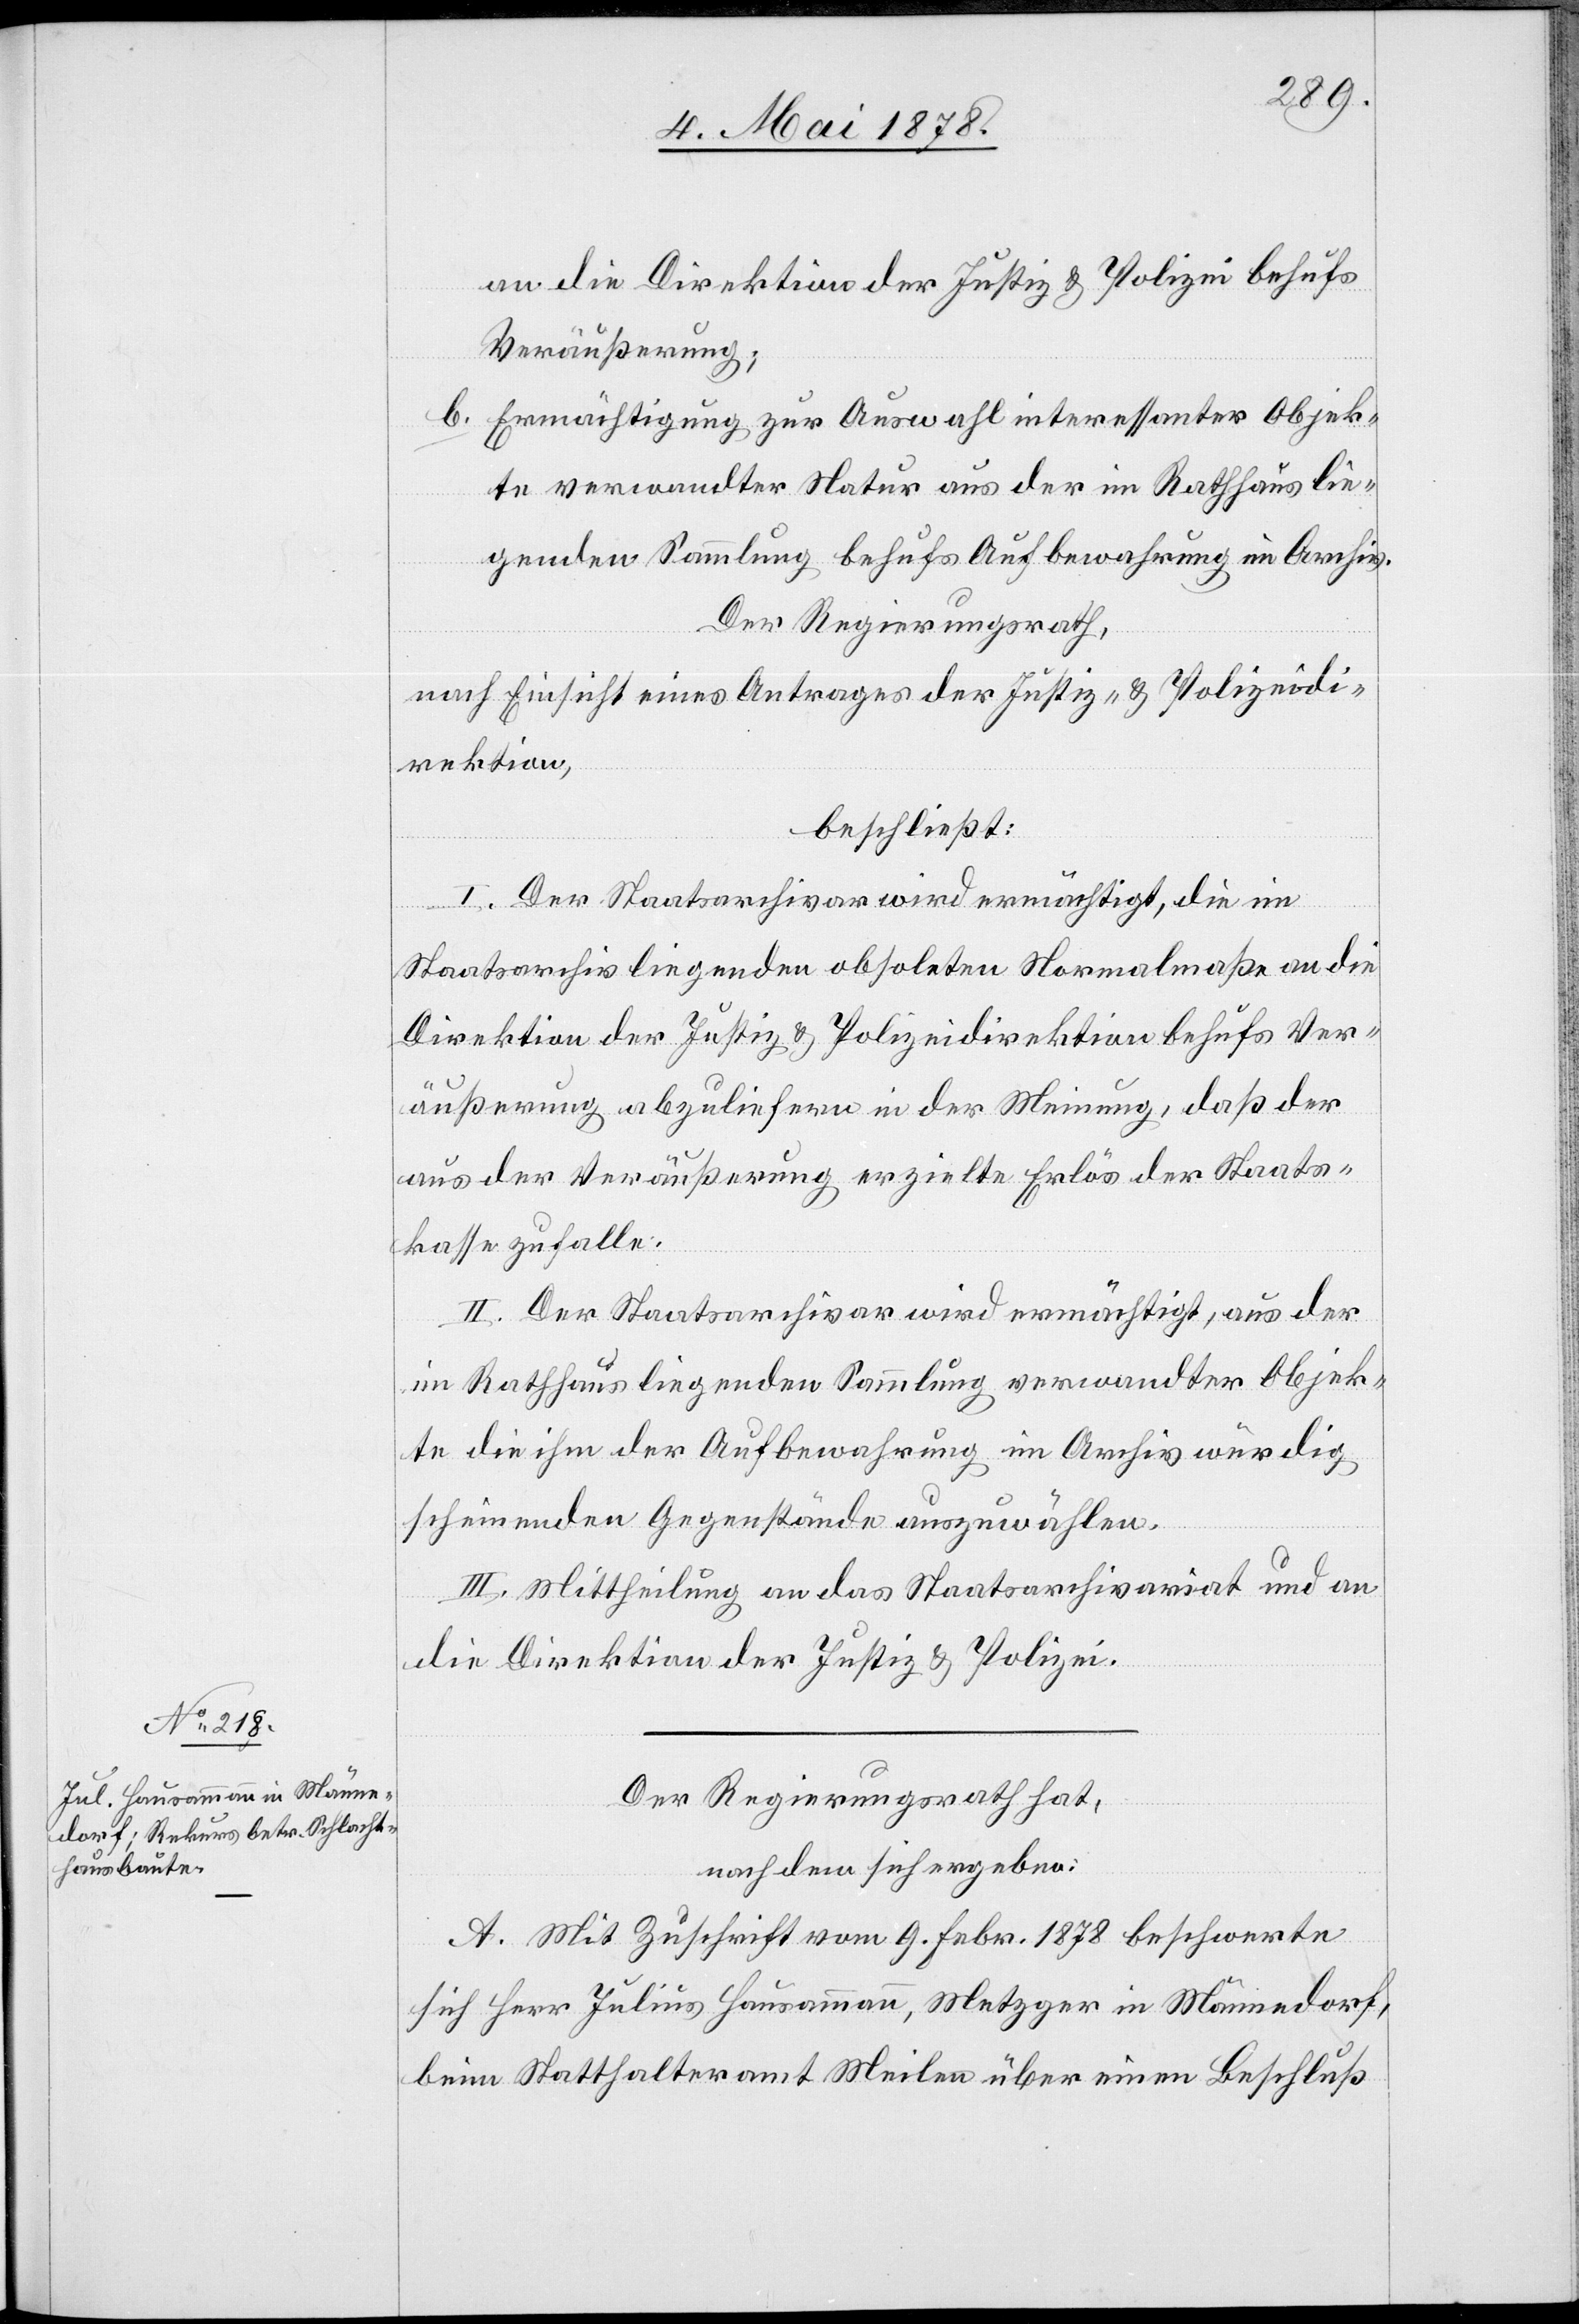
Staat¬
an die Direktion der Justiz & Polizei behufs
Veräußerung
Ermächtigung zur Auswahl interessanter Objek¬
te verwandter Natur aus der im Rathhaus lie¬
genden Sammlung behufs Aufbewahrung im Archiv.
Der Regierungsrath,
nach Einsicht eines Antrages der Justiz- & Polizeidi¬
rektion,
beschließt:
I. Der Staatsarchivar wird ermächtigt, die im
Staatsarchiv liegenden obsoleten Normalmaße an die
Direktion der Justiz[-] & Polizeidirektion behufs Ver¬
äußerung abzuliefern in der Meinung, daß der
skasse zufalle.
II. Der Staatsarchivar wird ermächtigt, aus der
im Rathhaus liegenden Sammlung verwandter Objek¬
te die ihm der Aufbewahrung im Archiv würdig
scheinenden Gegenstände auszuwählen.
III. Mittheilung an das Staatsarchivariat und an
die Direktion der Justiz & Polizei.
Der Regierungsrath hat,
nachdem sich ergeben:
A. Mit Zuschrift vom 9. Febr. 1878 beschwerte
sich Herr Julius Hausammann, Metzger in Männedorf,
beim Statthalteramt Meilen über einen Beschluß